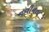
નવીનતા